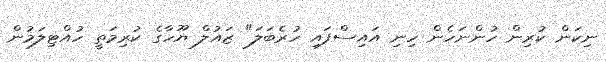
ނިކަން ކުރިން ހުންނަހެން ހިނި އައިސްފައި ހުރެބަލަ" ޒައުލް ޔޫހާގެ ކުރިމަތީ ހުއްޓިލަމުން